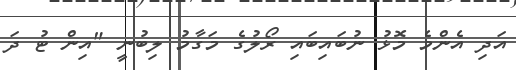
އަދި އެންމެ މޮޅު ނުބައިބައި ރޯލުގެ މަގާމު ލިބުނީ "އިން ޓު ދަ